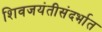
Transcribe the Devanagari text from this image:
शिवजयंतीसंदर्भात